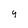
Character: 9